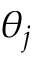
\theta _ { j }